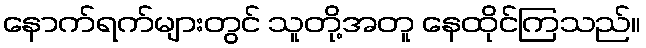
နောက်ရက်များတွင် သူတို့အတူ နေထိုင်ကြသည်။